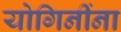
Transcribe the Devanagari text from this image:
योगिनींना